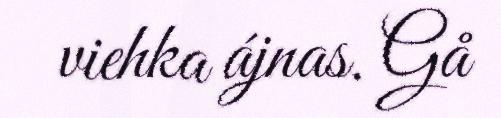
viehka ájnas. Gå